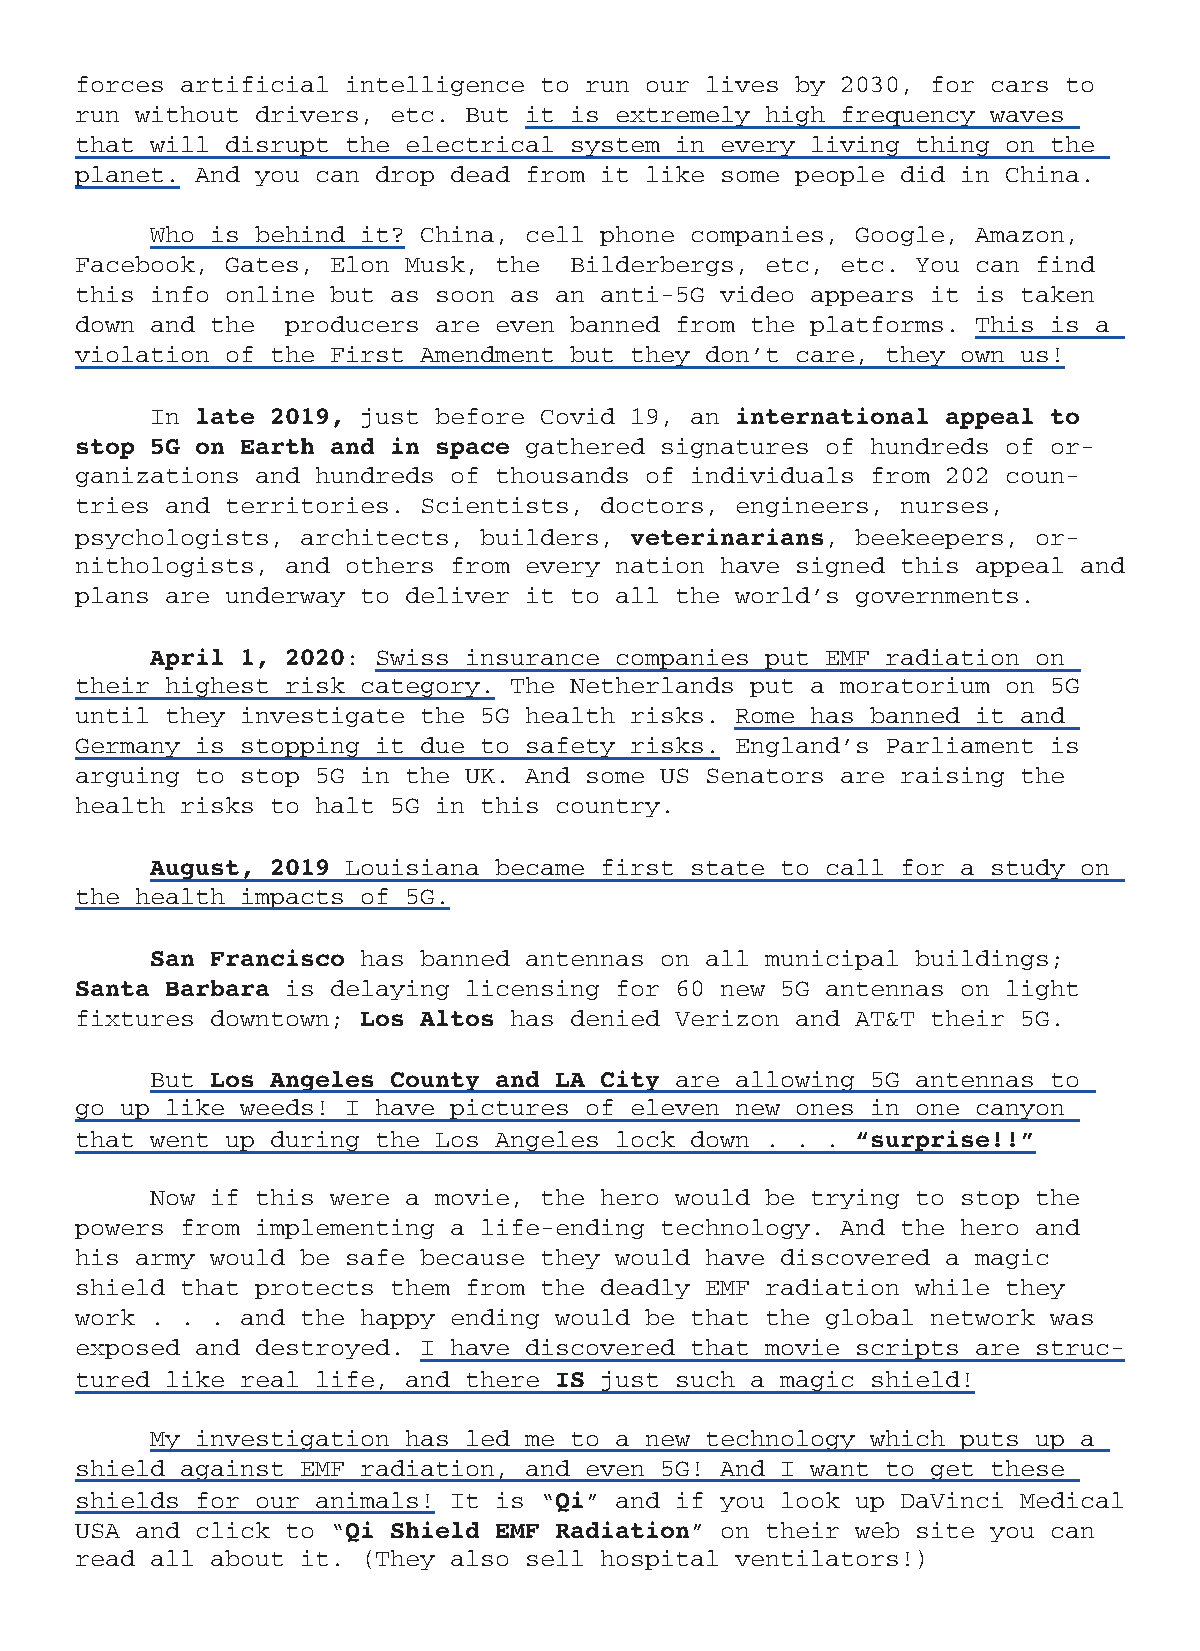
forces artificial intelligence to run our lives by 2030, for cars to
 run without drivers, etc. But it is extremely high frequency waves
 that will disrupt the electrical system in every living thing on the
 planet. And you can drop dead from it like some people did in China.
 Who is behind it? China, cell phone companies, Google, Amazon,
 Facebook, Gates, Elon Musk, the  Bilderbergs, etc, etc. You can find
 this info online but as soon as an anti-5G video appears it is taken
 down and the  producers are even banned from the platforms. This is a
 violation of the First Amendment but they don’t care, they own us!
 In            just before Covid 19, an
 late 2019,                          international appeal to
 gathered signatures of hundreds of or-
 stop 5G on Earth and in space
 ganizations and hundreds of thousands of individuals from 202 coun-
 tries and territories. Scientists, doctors, engineers, nurses,
 psychologists, architects, builders,              , beekeepers, or-
 veterinarians
 nithologists, and others from every nation have signed this appeal and
 plans are underway to deliver it to all the world’s governments.
 : Swiss insurance companies put EMF radiation on
 April 1, 2020
 their highest risk category. The Netherlands put a moratorium on 5G
 until they investigate the 5G health risks. Rome has banned it and
 Germany is stopping it due to safety risks. England’s Parliament is
 arguing to stop 5G in the UK. And some US Senators are raising the
 health risks to halt 5G in this country.
 Louisiana became first state to call for a study on
 August, 2019
 the health impacts of 5G.
 has banned antennas on all municipal buildings;
 San Francisco
 is delaying licensing for 60 new 5G antennas on light
 Santa Barbara
 fixtures downtown;           has denied Verizon and AT&T their 5G.
 Los Altos
 But                                are allowing 5G antennas to
 Los Angeles County and LA City
 go up like weeds! I have pictures of eleven new ones in one canyon
 that went up during the Los Angeles lock down . . .
 “surprise!!”
 Now if this were a movie, the hero would be trying to stop the
 powers from implementing a life-ending technology. And the hero and
 his army would be safe because they would have discovered a magic
 shield that protects them from the deadly EMF radiation while they
 work . . . and the happy ending would be that the global network was
 exposed and destroyed. I have discovered that movie scripts are struc-
 tured like real life, and there    just such a magic shield!
 IS
 My investigation has led me to a new technology which puts up a
 shield against EMF radiation, and even 5G! And I want to get these
 shields for our animals! It is “  ” and if you look up DaVinci Medical
 Qi
 USA and click to “                       ” on their web site you can
 Qi Shield EMF Radiation
 read all about it. (They also sell hospital ventilators!)